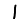
Digit: 1